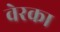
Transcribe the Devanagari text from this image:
वेरका